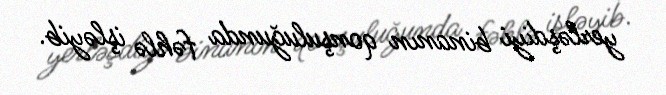
yerləşdiyi binanın qonşuluğunda fəhlə işləyib.